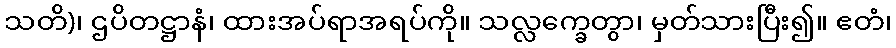
သတိ)၊ ဌပိတဋ္ဌာနံ၊ ထားအပ်ရာအရပ်ကို။ သလ္လက္ခေတွာ၊ မှတ်သားပြီး၍။ ဧတံ၊